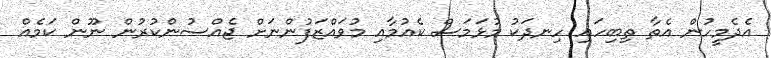
އެދެމީހުން އެތާ ތިބިހައި ހިނދަކު މުޅަމަސް ކެއުމާއި މުވައްޒަފުންނަށް ޖެއްސުންކުރުން ނޫން ކަމެއް